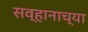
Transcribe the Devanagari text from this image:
सव्हानाच्या